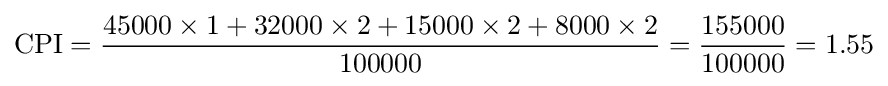
{\text{CPI}}={\frac {45000\times 1+32000\times 2+15000\times 2+8000\times 2}{100000}}={\frac {155000}{100000}}=1.55